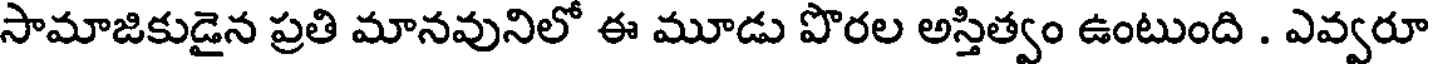
సామాజికుడైన ప్రతి మానవునిలో ఈ మూడు పొరల అస్తిత్వం ఉంటుంది . ఎవ్వరూ